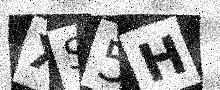
Text: XS5H